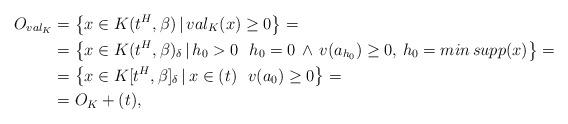
LaTeX: \begin{align*}O_{val_{K}}&=\left\{x\in K(t^{H},\beta)\,\vert\,val_{K}(x)\geq0\right\}=\\&=\left\{x\in K(t^{H},\beta)_{\delta}\,\vert\,h_{0}>0\,\,\,\,h_{0}=0\,\wedge\,v(a_{h_{0}})\geq0,\,h_{0}=min\,supp(x)\right\}=\\&=\left\{x\in K[t^{H},\beta]_{\delta}\,\vert\,x\in(t)\,\,\,\,v(a_{0})\geq0\right\}=\\&=O_{K}+(t),\end{align*}